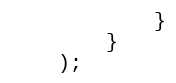
Language: Java
			}
		}
	);